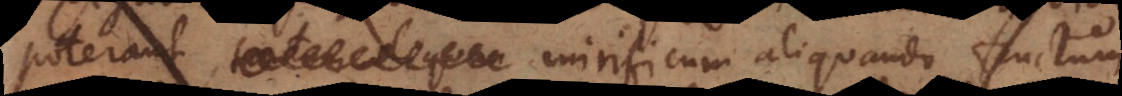
poterant mirificum aliquando fructum